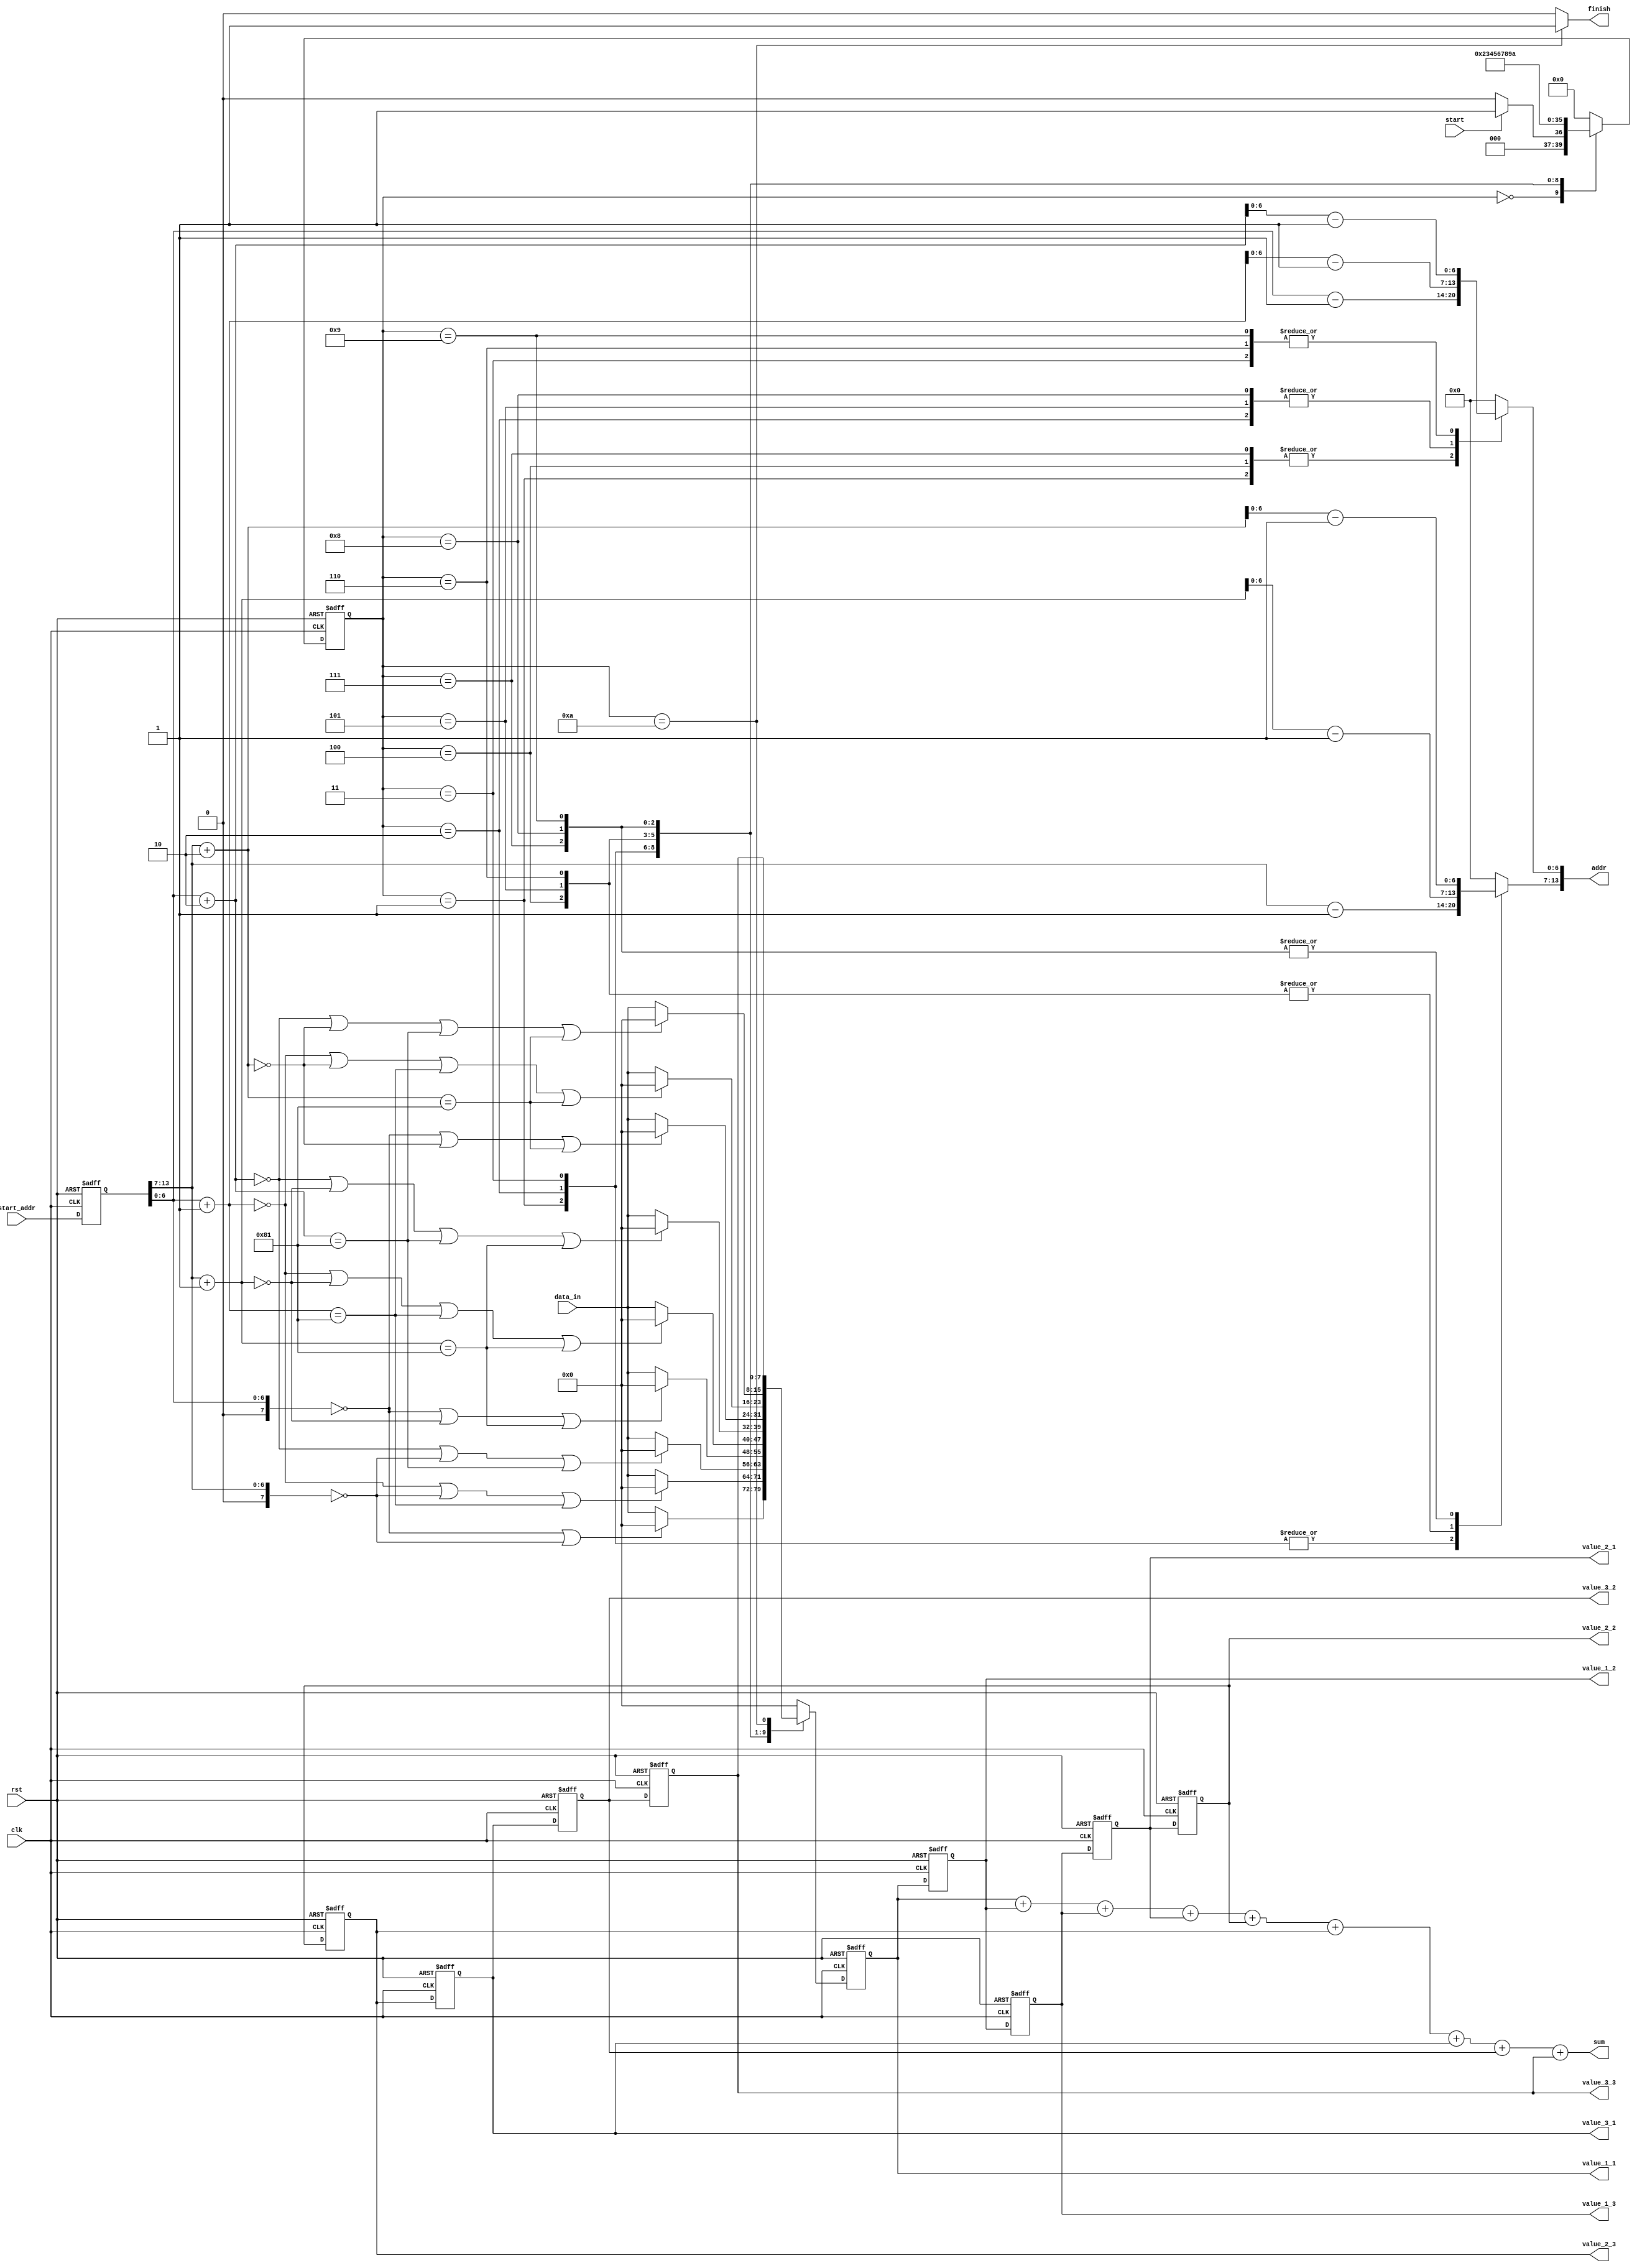
module storing_reg(
clk,
rst,
start,
start_addr,
data_in,

value_1_1,
value_1_2,
value_1_3,
value_2_1,
value_2_2,
value_2_3,
value_3_1,
value_3_2,
value_3_3,
finish,
sum,
addr
);
input clk;
input rst;
input start;
input  [13:0] start_addr;
input  [7:0] data_in;
output [7:0] value_1_1;
output [7:0] value_1_2;
output [7:0] value_1_3;
output [7:0] value_2_1;
output [7:0] value_2_2;
output [7:0] value_2_3;
output [7:0] value_3_1;
output [7:0] value_3_2;
output [7:0] value_3_3;
output [7:0] sum;
output finish;

output [13:0] addr;


wire [7:0] row_1;
wire [7:0] col_1;
wire [7:0] row_2;
wire [7:0] col_2;
wire [7:0] row_3;
wire [7:0] col_3;
wire [15:0] get_1_1_addr;
wire [15:0] get_1_2_addr;
wire [15:0] get_1_3_addr;
wire [15:0] get_2_1_addr;
wire [15:0] get_2_2_addr;
wire [15:0] get_2_3_addr;
wire [15:0] get_3_1_addr;
wire [15:0] get_3_2_addr;
wire [15:0] get_3_3_addr;

reg [7:0] localreg_in [8:0];
reg [7:0] localreg_out [8:0];
reg [7:0] col_;
reg [7:0] row_;
reg [3:0] CS;
reg [3:0] NS;
reg [13:0] start_addr_out;
integer i;
always@(posedge clk or posedge rst)
begin
	if(rst)
	begin
		for(i=0;i<9;i=i+1)
		begin
			localreg_out[i]<=8'd0;
		end
			start_addr_out<=14'd0;
	end
	else
	begin
		for(i=0;i<9;i=i+1)
		begin
			localreg_out[i]<=localreg_in[i];
			start_addr_out<=start_addr;
		end
	end

end
always@(posedge clk or posedge rst)
begin
	if(rst)
	begin
		CS<=4'd0;
	end
	else
	begin
		CS<=NS;
	end
end

localparam IDLE   =4'b0000;
localparam POINT_1=4'b0001;
localparam POINT_2=4'b0010;
localparam POINT_3=4'b0011;
localparam POINT_4=4'b0100;
localparam POINT_5=4'b0101;
localparam POINT_6=4'b0110;
localparam POINT_7=4'b0111;
localparam POINT_8=4'b1000;
localparam POINT_9=4'b1001;
localparam LAST   =4'b1010;
assign row_1={1'b0,start_addr_out[13:7]};
assign col_1={1'b0,start_addr_out[6:0]};

assign row_2={1'b0,start_addr_out[13:7]}+8'd1;
assign col_2={1'b0,start_addr_out[6:0]}+8'd1;
assign row_3={1'b0,start_addr_out[13:7]}+8'd2;
assign col_3={1'b0,start_addr_out[6:0]}+8'd2;

assign get_1_1_addr={row_1,col_1};
assign get_1_2_addr={row_1,col_2};
assign get_1_3_addr={row_1,col_3};
assign get_2_1_addr={row_2,col_1};
assign get_2_2_addr={row_2,col_2};
assign get_2_3_addr={row_2,col_3};
assign get_3_1_addr={row_3,col_1};
assign get_3_2_addr={row_3,col_2};
assign get_3_3_addr={row_3,col_3};


assign addr={row_[6:0],col_[6:0]};

assign finish=(CS==LAST)?1'b1:1'b0;
always@(*)
begin
	for(i=0;i<8;i=i+1)
	begin
		localreg_in[i+1]=localreg_out[i];
	end
	case(CS)
		IDLE:
		begin
			NS  =start?POINT_1:IDLE;
			row_=8'd0;
			col_=8'd0;
			//addr=start?start_addr_out:8'd0;
			localreg_in[0]=8'd0;
		end
		POINT_1:
		begin
			NS=POINT_2;
			row_=get_1_1_addr[15:8]-8'd1;
			col_=get_1_1_addr[7:0]-8'd1;
			localreg_in[0]=(get_1_1_addr[7:0]==8'd0||get_1_1_addr[15:8]==8'd0||get_1_1_addr[7:0]==8'd129||get_1_1_addr[15:8]==8'd129)?8'd0:data_in;
		end
		POINT_2:
		begin
			NS=POINT_3;
			row_=get_1_2_addr[15:8]-8'd1;
			col_=get_1_2_addr[7:0]-8'd1;
			localreg_in[0]=(get_1_2_addr[7:0]==8'd0||get_1_2_addr[15:8]==8'd0||get_1_2_addr[7:0]==8'd129||get_1_2_addr[15:8]==8'd129)?8'd0:data_in;
		end
		POINT_3:
		begin
			NS=POINT_4;
			row_=get_1_3_addr[15:8]-8'd1;
			col_=get_1_3_addr[7:0]-8'd1;
			localreg_in[0]=(get_1_3_addr[7:0]==8'd0||get_1_3_addr[15:8]==8'd0||get_1_3_addr[7:0]==8'd129||get_1_3_addr[15:8]==8'd129)?8'd0:data_in;
		end
		POINT_4:
		begin
			NS=POINT_5;
			row_=get_2_1_addr[15:8]-8'd1;
			col_=get_2_1_addr[7:0]-8'd1;
			localreg_in[0]=(get_2_1_addr[7:0]==8'd0||get_2_1_addr[15:8]==8'd0||get_2_1_addr[7:0]==8'd129||get_2_1_addr[15:8]==8'd129)?8'd0:data_in;
		end
		POINT_5:
		begin
			NS=POINT_6;
			row_=get_2_2_addr[15:8]-8'd1;
			col_=get_2_2_addr[7:0]-8'd1;
			localreg_in[0]=(get_2_2_addr[7:0]==8'd0||get_2_2_addr[15:8]==8'd0||get_2_2_addr[7:0]==8'd129||get_2_2_addr[15:8]==8'd129)?8'd0:data_in;
		end
		POINT_6:
		begin
			NS=POINT_7;
			row_=get_2_3_addr[15:8]-8'd1;
			col_=get_2_3_addr[7:0]-8'd1;
			localreg_in[0]=(get_2_3_addr[7:0]==8'd0||get_2_3_addr[15:8]==8'd0||get_2_3_addr[7:0]==8'd129||get_2_3_addr[15:8]==8'd129)?8'd0:data_in;
		end
		POINT_7:
		begin
			NS=POINT_8;
			row_=get_3_1_addr[15:8]-8'd1;
			col_=get_3_1_addr[7:0]-8'd1;
			localreg_in[0]=(get_3_1_addr[7:0]==8'd0||get_3_1_addr[15:8]==8'd0||get_3_1_addr[7:0]==8'd129||get_3_1_addr[15:8]==8'd129)?8'd0:data_in;
		end
		POINT_8:
		begin
			NS=POINT_9;
			row_=get_3_2_addr[15:8]-8'd1;
			col_=get_3_2_addr[7:0]-8'd1;
			localreg_in[0]=(get_3_2_addr[7:0]==8'd0||get_3_2_addr[15:8]==8'd0||get_3_2_addr[7:0]==8'd129||get_3_2_addr[15:8]==8'd129)?8'd0:data_in;
		end
		POINT_9:
		begin
			NS=LAST;
			row_=get_3_3_addr[15:8]-8'd1;
			col_=get_3_3_addr[7:0]-8'd1;
			localreg_in[0]=(get_3_3_addr[7:0]==8'd0||get_3_3_addr[15:8]==8'd0||get_3_3_addr[7:0]==8'd129||get_3_3_addr[15:8]==8'd129)?8'd0:data_in;
		end
		LAST:
		begin
			NS=IDLE;
			row_=8'd0;
			col_=8'd0;
			localreg_in[0]=localreg_out[8];
		end
		default
		begin
			NS=IDLE;
			row_=8'd0;
			col_=8'd0;
			localreg_in[0]=8'd0;
		end
	endcase
end

assign value_1_1=localreg_out[0];
assign value_1_2=localreg_out[1];
assign value_1_3=localreg_out[2];
assign value_2_1=localreg_out[3];
assign value_2_2=localreg_out[4];
assign value_2_3=localreg_out[5];
assign value_3_1=localreg_out[6];
assign value_3_2=localreg_out[7];
assign value_3_3=localreg_out[8];

assign sum=value_1_1+value_1_2+value_1_3+value_2_1+value_2_2+value_2_3+value_3_1+value_3_2+value_3_3;


endmodule